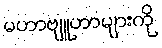
မဟာဗျူဟာများကို